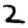
Digit: 2